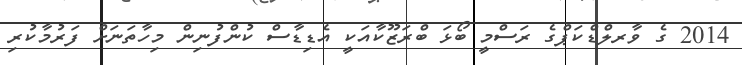
2014 ގެ ވާރލްޑްކަޕްގެ ރަސްމީ ބޯޅަ ބްރަޒޫކާއަކީ އެޑިޑާސް ކުންފުނިން މިހާތަނަށް ފަރުމާކުރި